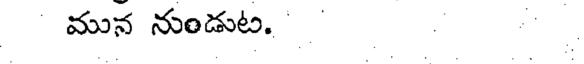
మున నుండుట.